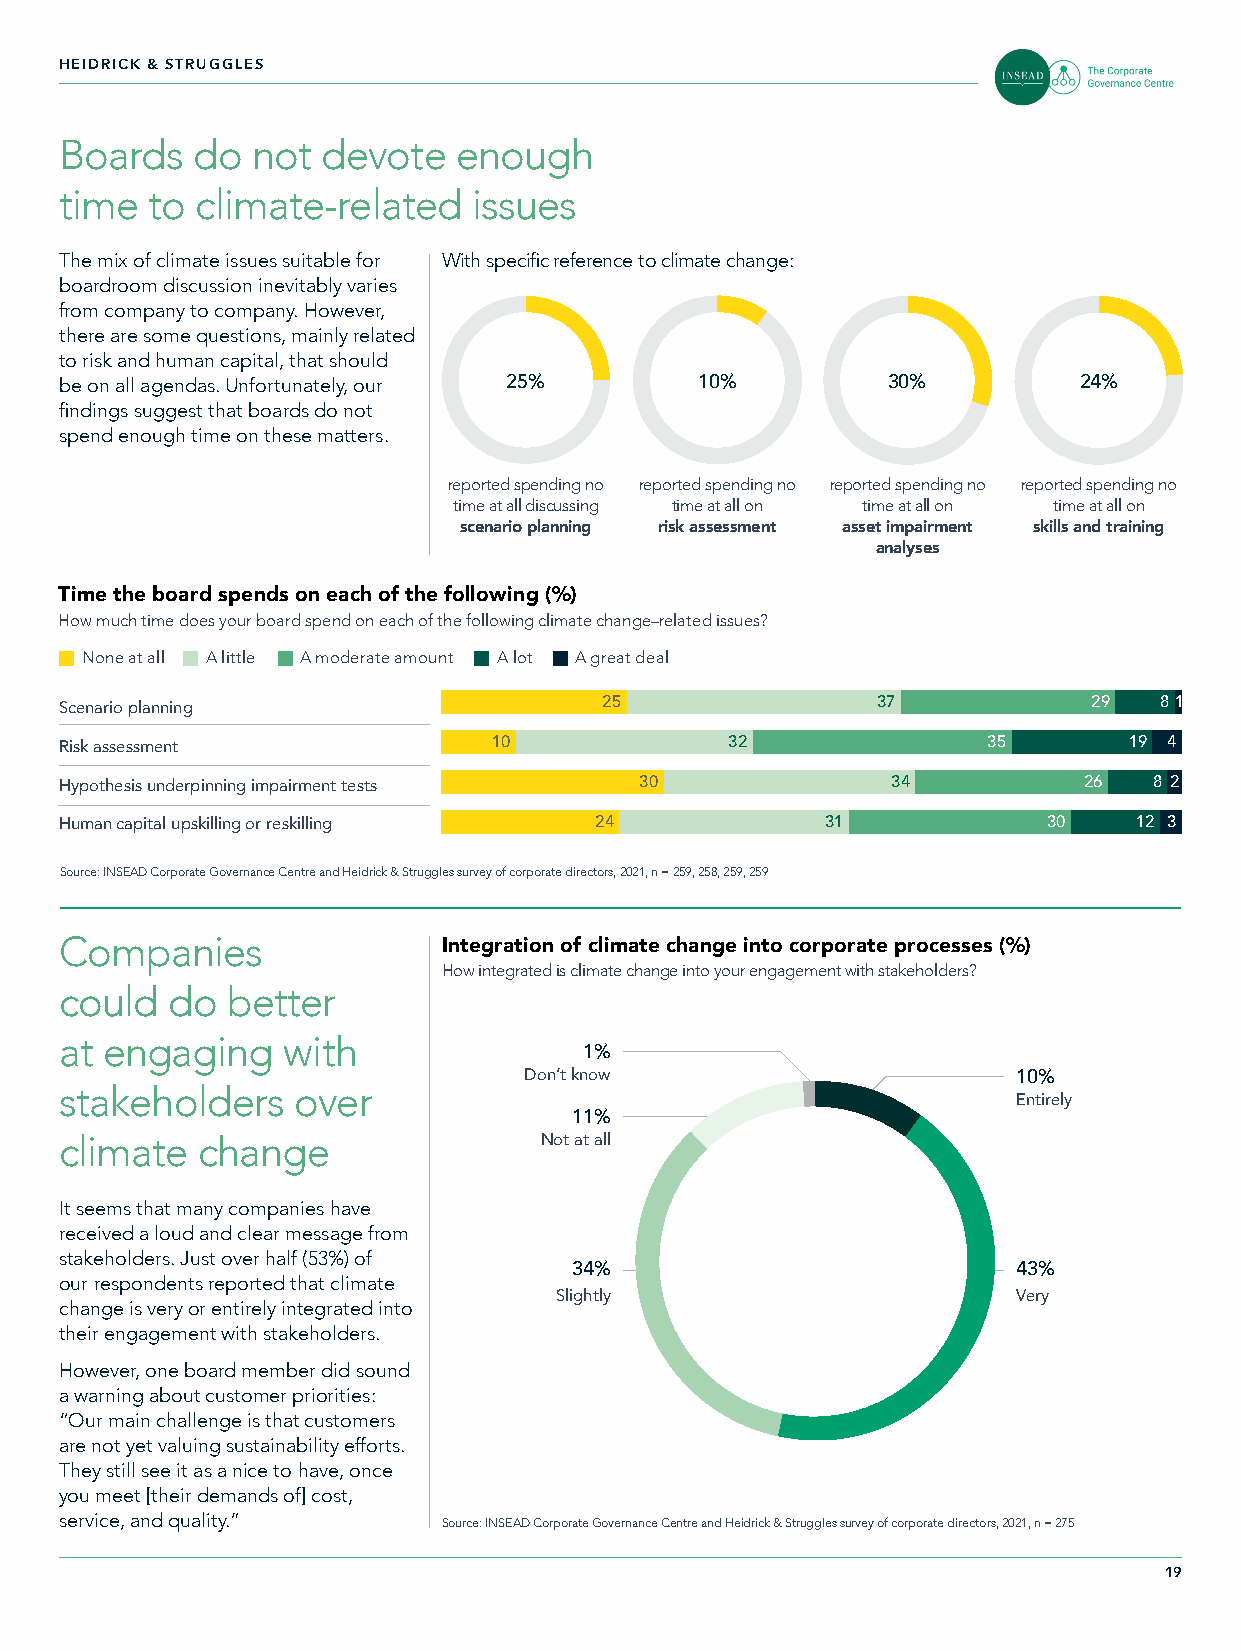
HEIDRICK & STRUGGLES
 Boards   do  not devote   enough
 time  to climate-related   issues
 The mix of climate issues suitable for With specific reference to climate change:
 boardroom discussion inevitably varies
 from company to company. However,
 there are some questions, mainly related
 to risk and human capital, that should
 be on all agendas. Unfortunately, our 25% 10%          30%         24%
 findings suggest that boards do not
 spend enough time on these matters.
 reported spending no reported spending no reported spending no reported spending no
 time at all discussing time at all on time at all on time at all on
 scenario planning risk assessment asset impairment skills and training
 analyses
 Time the board spends on each of the following (%)
 How much time does your board spend on each of the following climate change–related issues?
 None at all A little A moderate amount A lot A great deal
 25                4307          29   81
 Scenario planning
 Risk assessment              10             4320             35        19 4
 Hypothesis underpinning impairment tests 30            4340         26  8 2
 Human capital upskilling or reskilling 24          4310          30    12 3
 Source: INSEAD Corporate Governance Centre and Heidrick & Struggles survey of corporate directors, 2021, n = 259, 258, 259, 259
 Companies                Integration of climate change into corporate processes (%)
 How integrated is climate change into your engagement with stakeholders?
 could  do  better
 at engaging    with
 1%
 Don’t know                      10%
 stakeholders   over
 Entirely
 11%
 climate  change                 Not at all
 It seems that many companies have
 received a loud and clear message from
 stakeholders. Just over half (53%) of
 34%                          43%
 our respondents reported that climate
 Slightly                      Very
 change is very or entirely integrated into
 their engagement with stakeholders.
 However, one board member did sound
 a warning about customer priorities:
 “Our main challenge is that customers
 are not yet valuing sustainability efforts.
 They still see it as a nice to have, once
 you meet [their demands of] cost,
 service, and quality.”   Source: INSEAD Corporate Governance Centre and Heidrick & Struggles survey of corporate directors, 2021, n = 275
 19